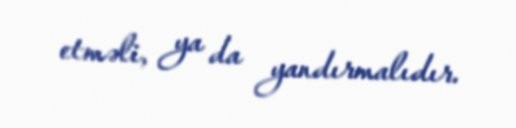
etməli, ya da yandırmalıdır.